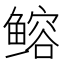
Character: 𫚦